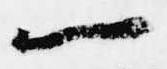
一